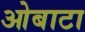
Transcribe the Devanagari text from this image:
ओबाटा